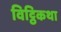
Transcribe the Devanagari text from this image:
विट्ठिकथा